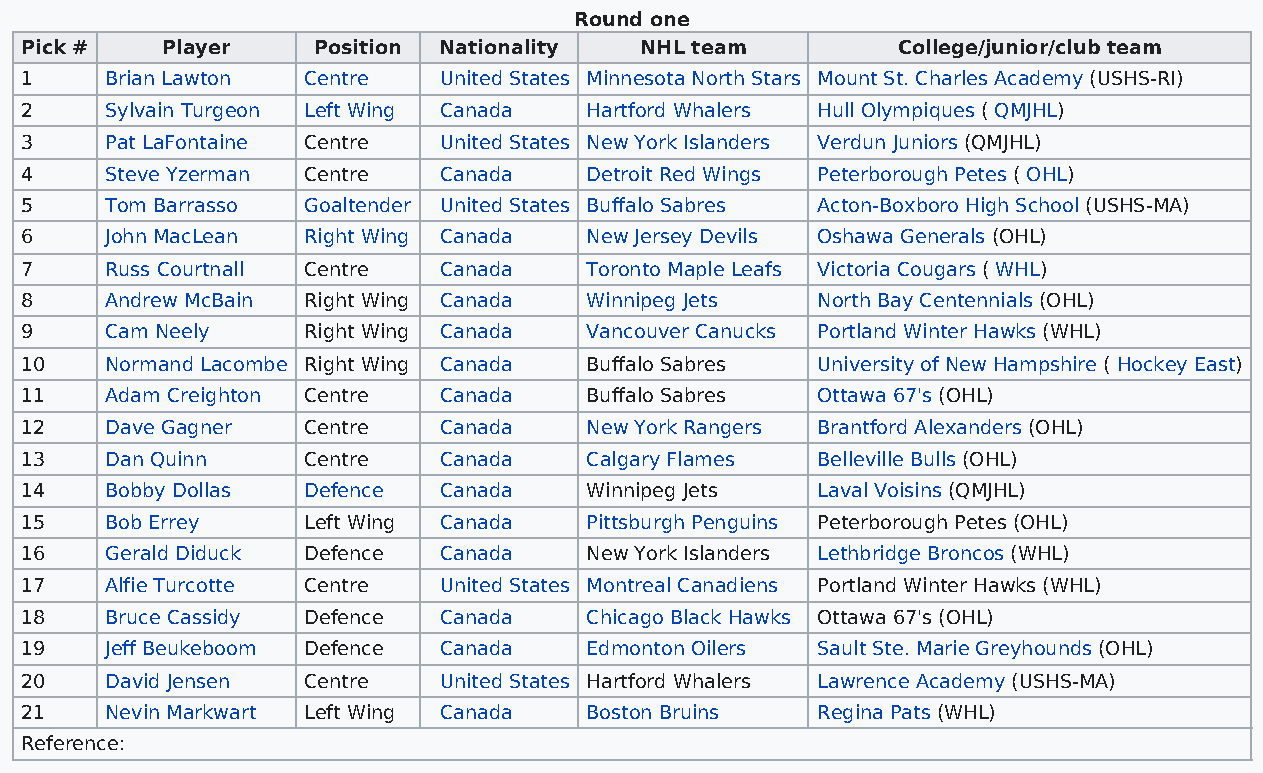
Round one
 Pick #    Player    Position Nationality NHL team         College/junior/club team
 1     Brian Lawton Centre   United States Minnesota North Stars Mount St. Charles Academy (USHS-RI)
 2     Sylvain Turgeon Left Wing Canada Hartford Whalers Hull Olympiques ( QMJHL)
 3     Pat LaFontaine Centre United States New York Islanders Verdun Juniors (QMJHL)
 4     Steve Yzerman Centre  Canada    Detroit Red Wings Peterborough Petes ( OHL)
 5     Tom Barrasso Goaltender United States Buffalo Sabres Acton-Boxboro High School (USHS-MA)
 6     John MacLean Right Wing Canada  New Jersey Devils Oshawa Generals (OHL)
 7     Russ Courtnall Centre Canada    Toronto Maple Leafs Victoria Cougars ( WHL)
 8     Andrew McBain Right Wing Canada Winnipeg Jets  North Bay Centennials (OHL)
 9     Cam Neely    Right Wing Canada  Vancouver Canucks Portland Winter Hawks (WHL)
 10    Normand Lacombe Right Wing Canada Buffalo Sabres University of New Hampshire ( Hockey East)
 11    Adam Creighton Centre Canada    Buffalo Sabres Ottawa 67's (OHL)
 12    Dave Gagner  Centre   Canada    New York Rangers Brantford Alexanders (OHL)
 13    Dan Quinn    Centre   Canada    Calgary Flames Belleville Bulls (OHL)
 14    Bobby Dollas Defence  Canada    Winnipeg Jets  Laval Voisins (QMJHL)
 15    Bob Errey    Left Wing Canada   Pittsburgh Penguins Peterborough Petes (OHL)
 16    Gerald Diduck Defence Canada    New York Islanders Lethbridge Broncos (WHL)
 17    Alfie Turcotte Centre United States Montreal Canadiens Portland Winter Hawks (WHL)
 18    Bruce Cassidy Defence Canada    Chicago Black Hawks Ottawa 67's (OHL)
 19    Jeff Beukeboom Defence Canada   Edmonton Oilers Sault Ste. Marie Greyhounds (OHL)
 20    David Jensen Centre   United States Hartford Whalers Lawrence Academy (USHS-MA)
 21    Nevin Markwart Left Wing Canada Boston Bruins  Regina Pats (WHL)
 Reference: